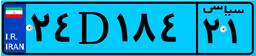
۱۲D۲۷۴۰۲